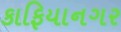
કાફિયાનગર